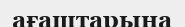
ағаштарына